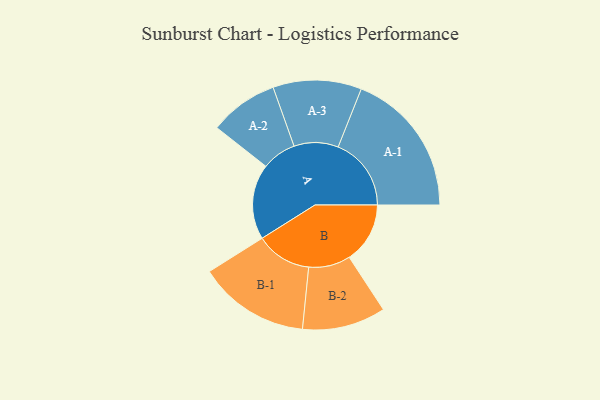
{"axis": {"x": "Segment", "y": "Value"}, "legend": ["", "A", "B"], "data": [{"x": "A", "y": 269, "type": ""}, {"x": "B", "y": 217, "type": ""}, {"x": "A-1", "y": 261, "type": "A"}, {"x": "A-2", "y": 123, "type": "A"}, {"x": "A-3", "y": 158, "type": "A"}, {"x": "B-1", "y": 199, "type": "B"}, {"x": "B-2", "y": 149, "type": "B"}]}